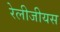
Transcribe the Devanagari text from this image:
रेलीजीयस